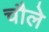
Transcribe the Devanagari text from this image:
चौले